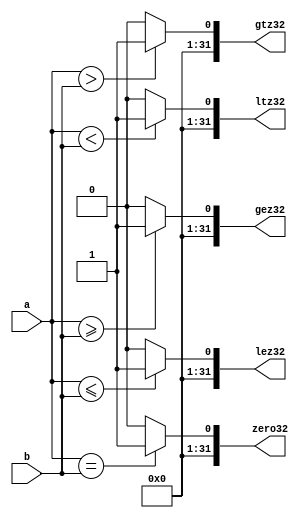
`timescale 1ns / 1ps

module CMP(a,b,zero32,gtz32,gez32,ltz32,lez32);
input [31:0]a,b;
output [31:0] zero32,gtz32,gez32,ltz32,lez32;

assign zero32=(a==b)?32'h1:32'h0;

assign gtz32=($signed(a)>$signed(b))?32'b1:32'b0;
assign gez32=($signed(a)>=$signed(b))?32'b1:32'b0;
assign ltz32=($signed(a)<$signed(b))?32'b1:32'b0;
assign lez32=($signed(a)<=$signed(b))?32'b1:32'b0;

endmodule